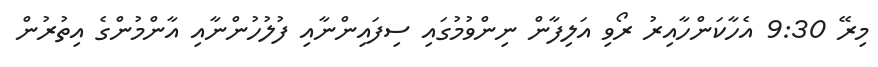
މިރޭ 9:30 އެހާކަންހާއިރު ރޯވި އަލިފާން ނިންވުމުގައި ސިފައިންނާއި ފުލުހުންނާއި އާންމުންގެ އިތުރުން